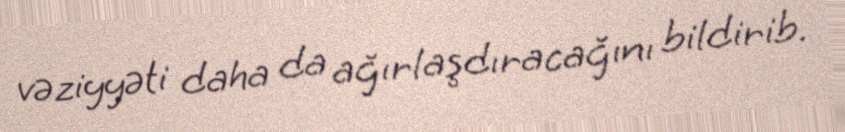
vəziyyəti daha da ağırlaşdıracağını bildirib.